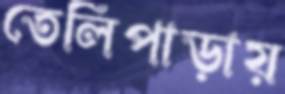
তেলিপাড়ায়